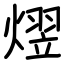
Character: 熤